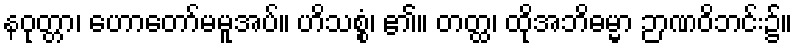
နဝုတ္တာ၊ ဟောတော်မမူအပ်။ ဟိသစ္စံ၊ ၏။ တတ္ထ၊ ထိုအဘိဓမ္မာ ဉာဏဝိဘင်း၌။